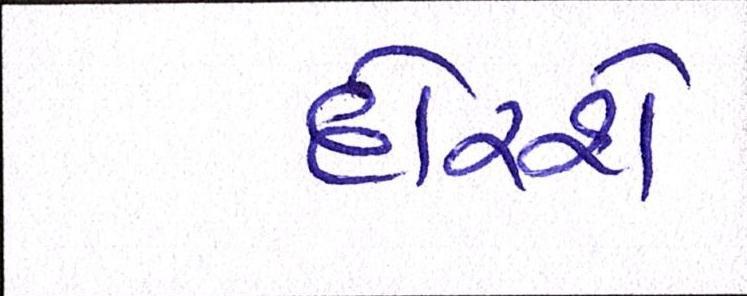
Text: દોરશે